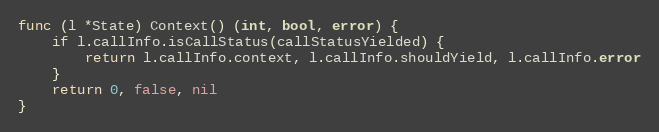
Language: Go
func (l *State) Context() (int, bool, error) {
	if l.callInfo.isCallStatus(callStatusYielded) {
		return l.callInfo.context, l.callInfo.shouldYield, l.callInfo.error
	}
	return 0, false, nil
}